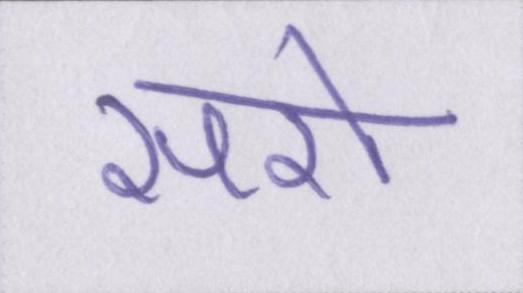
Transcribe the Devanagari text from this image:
सरो